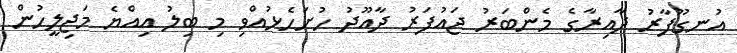
އުނގޫފާރު ދާއިރާގެ މެންބަރު ޖައުފަރު ދާއޫދު ހުށަހެޅުއްވި މި ބިލު އިއްޔެ މަޖިލީހުން